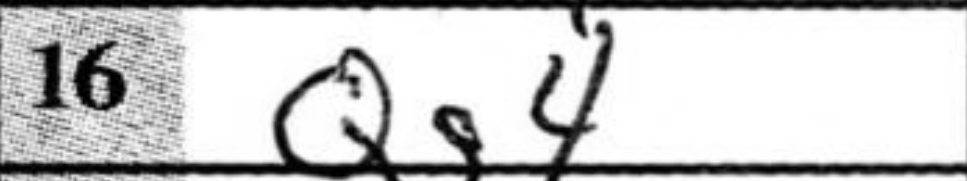
Transcription: Qg4